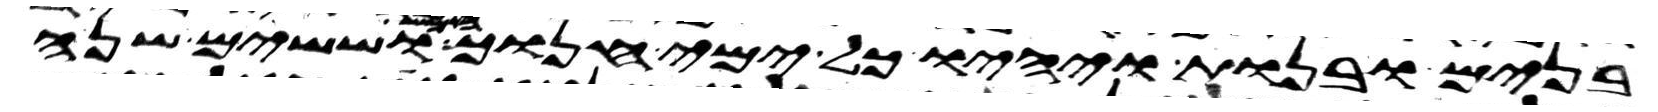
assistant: בנים ובנות ויהיו כל ימי חנוך חמש וששים שנה